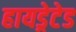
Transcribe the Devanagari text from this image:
हायड्रेटेड